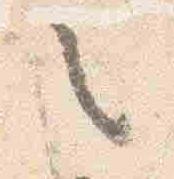
之